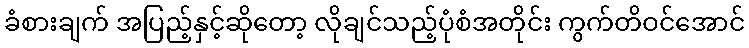
ခံစားချက် အပြည့်နှင့်ဆိုတော့ လိုချင်သည့်ပုံစံအတိုင်း ကွက်တိဝင်အောင်